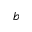
b